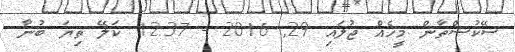
ސޭކުސްތާން މީހެއް ޖުލައި 29